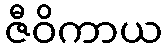
ဇီဝိကာယ